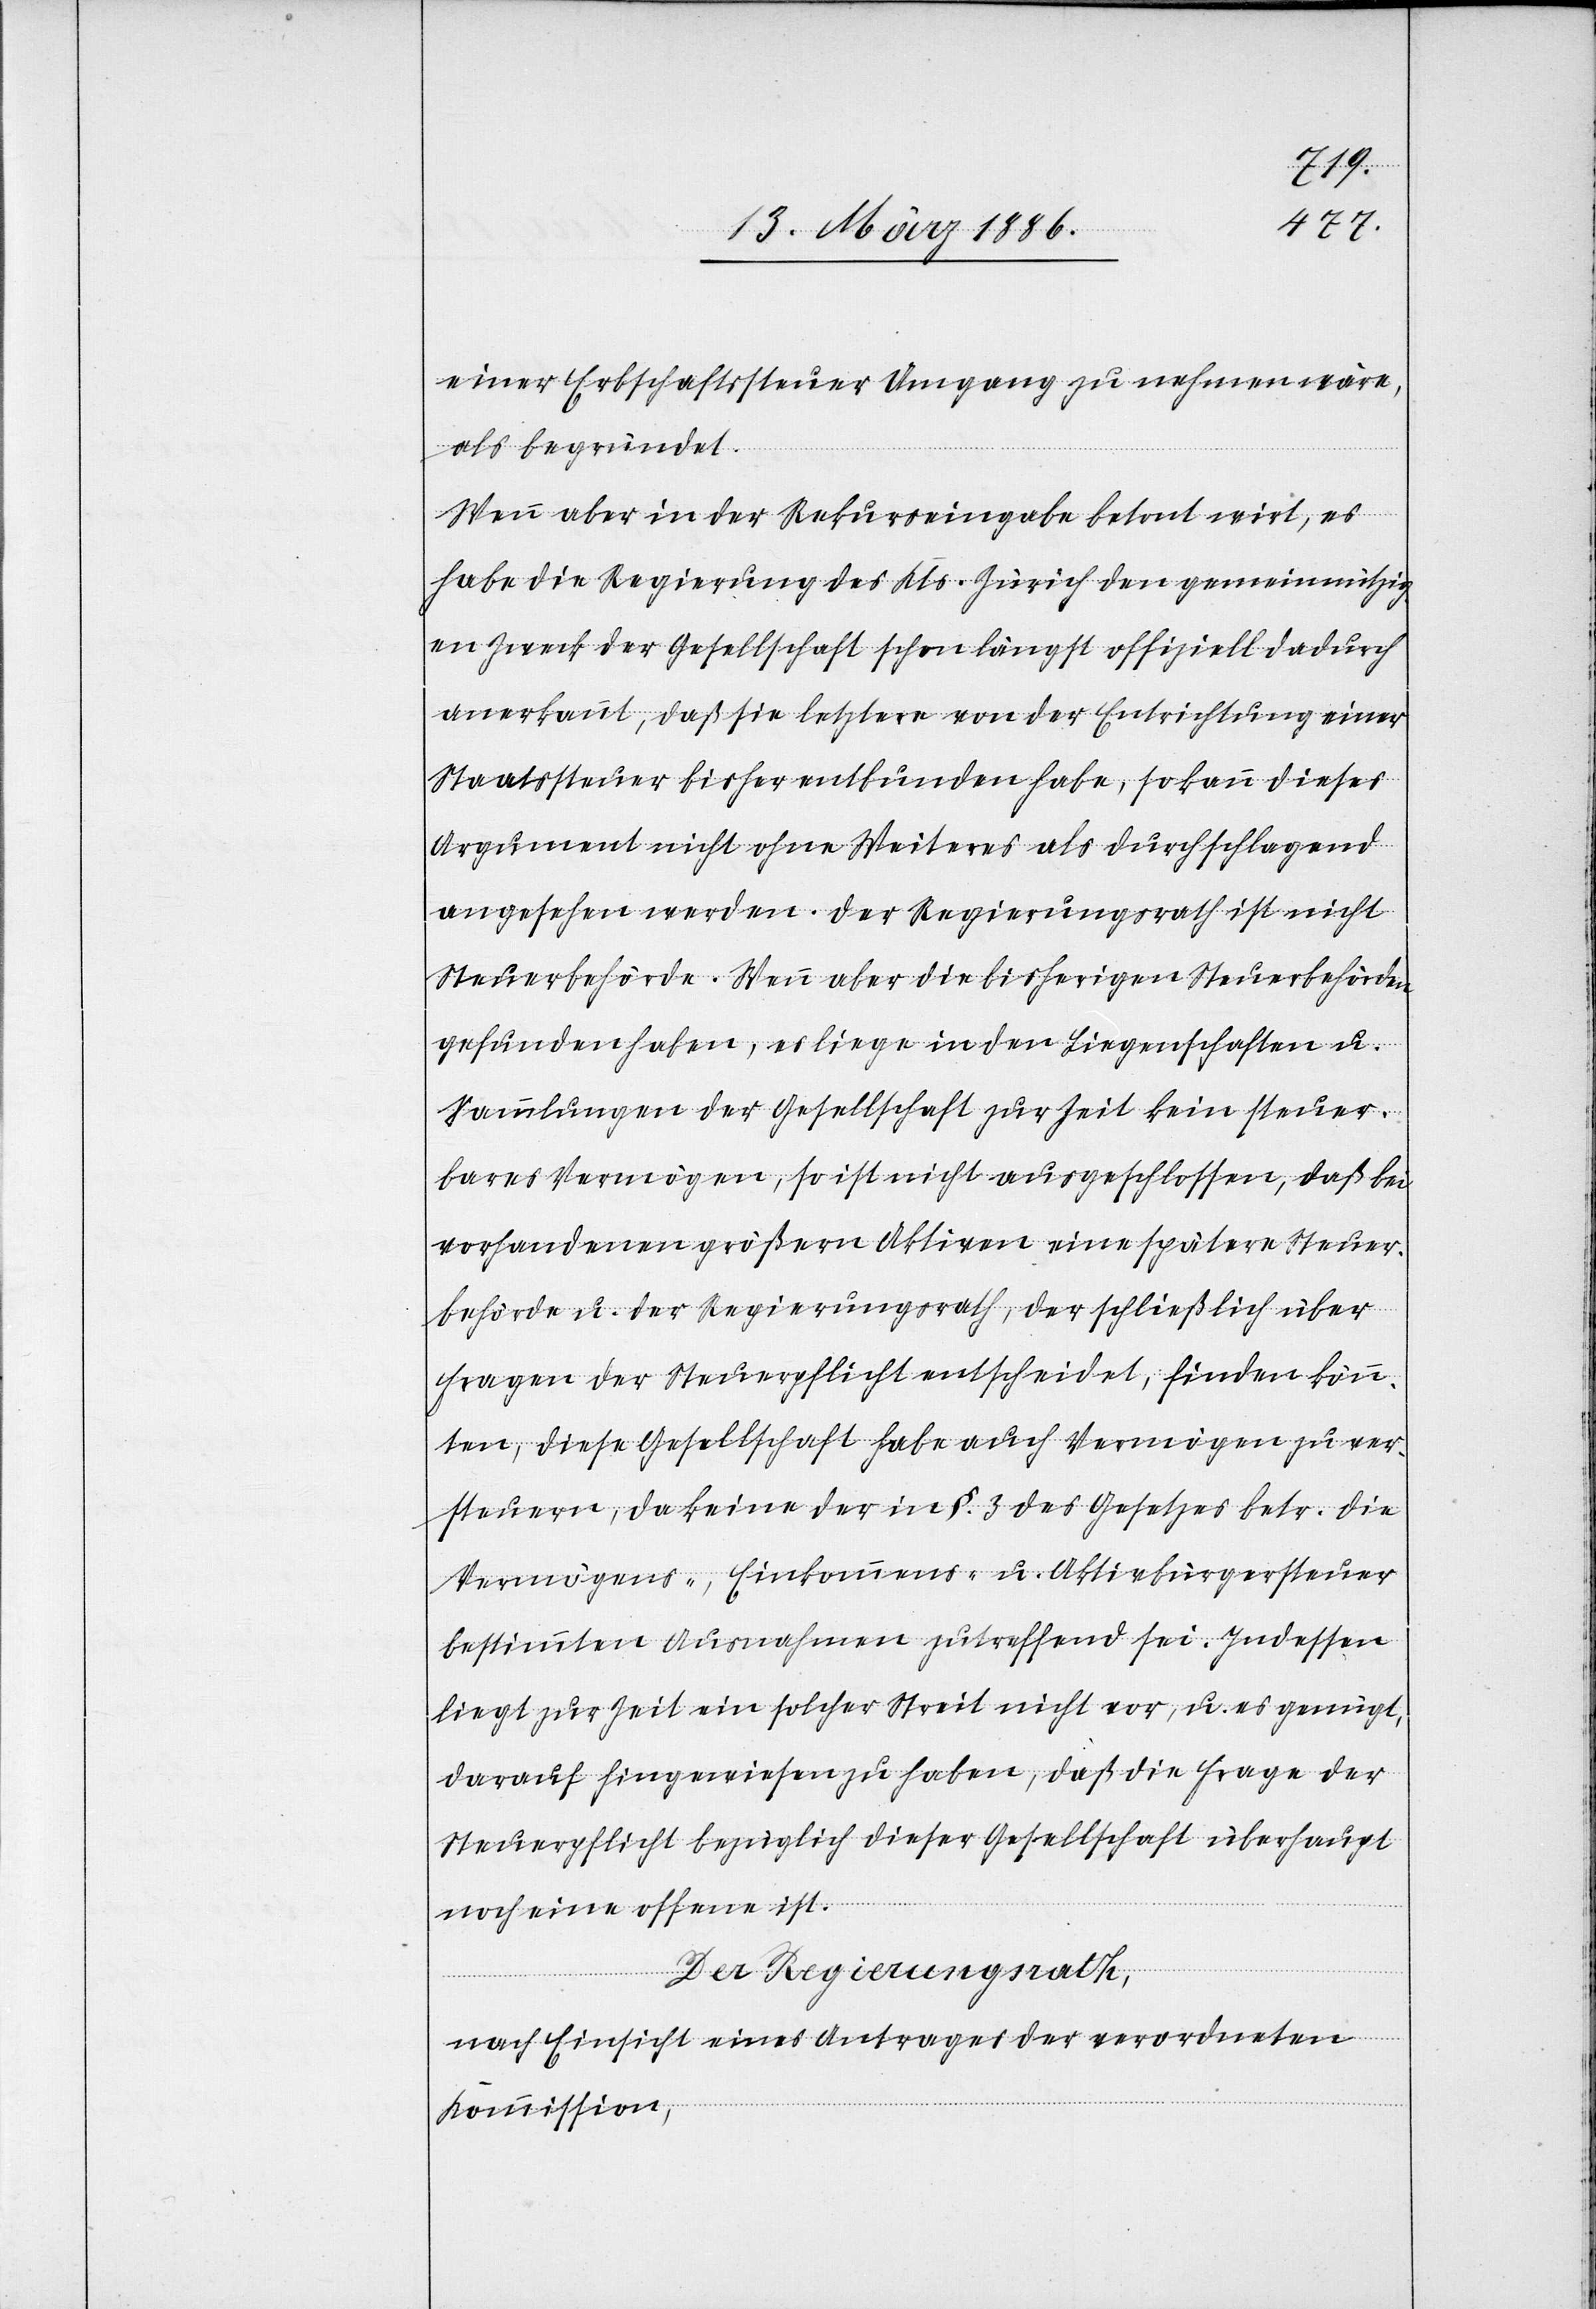
einer Erbschaftssteuer Umgang zu nehmen wäre,
als begründet.
Wenn aber in der Rekurseingabe betont wirt
habe die Regierung des Kts. Zürich den gemeinnützig¬
en Zweck der Gesellschaft schon längst offiziell dadurch
anerkannt, daß sie letztere von der Entrichtung einer
Staatssteuer bisher entbunden habe, so kann dieses
Argument nicht ohne Weiteres als durchschlagend
angesehen werden. Der Regierungsrath ist nicht
Steuerbehörde. Wenn aber die bisherigen Steuerbehörden
gefunden haben, es liege in den Liegenschaften u.
Sammlungen der Gesellschaft zur Zeit kein steuer¬
bares Vermögen, so ist nicht ausgeschlossen, daß bei
vorhandenen größeren Aktiven eine spätere Steuer¬
behörde u. der Regierungsrath, der schließlich über
Fragen der Steuerpflicht entscheidet, finden könn¬
te, diese Gesellschaft habe auch Vermögen zu ver¬
steuern, da keine der in §. 3 des Gesetzes betr. die
Vermögens-, Einkommens- u. Aktivbürgersteuer
bestimmten Ausnahmen zutreffend sei. Indessen
liegt zur Zeit ein solcher Streit nicht vor, u. es genügt,
darauf hingewiesen zu haben, daß die Frage der
Steuerpflicht bezüglich dieser Gesellschaft überhaupt
noch eine offene ist.
Der Regierungsrath,
nach Einsicht eines Antrages der verordneten
Kommission,